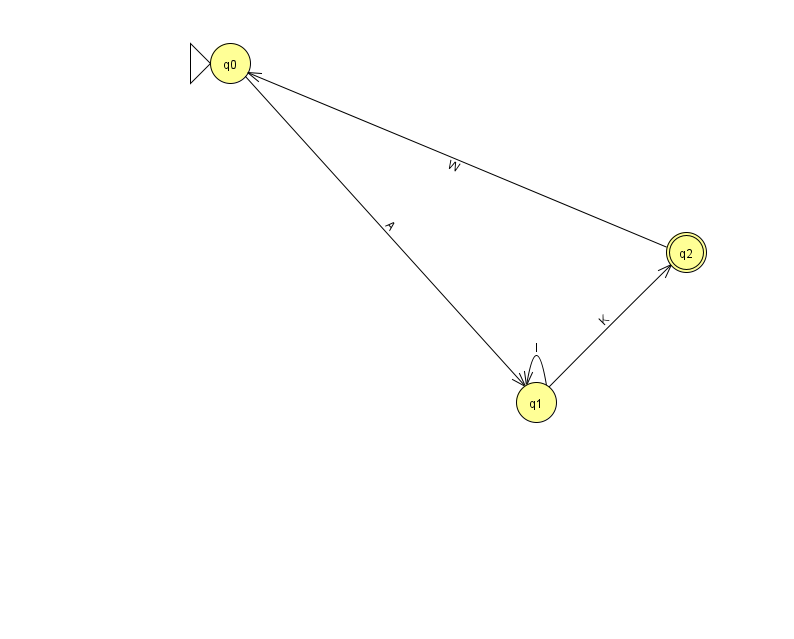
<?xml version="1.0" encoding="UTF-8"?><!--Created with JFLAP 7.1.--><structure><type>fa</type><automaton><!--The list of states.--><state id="0" name="q0"><x>230.0</x><y>50.0</y><initial/></state><state id="1" name="q1"><x>536.0</x><y>389.0</y></state><state id="2" name="q2"><x>686.0</x><y>239.0</y><final/></state><!--The list of transitions.--><transition><from>1</from><to>1</to><read>l</read></transition><transition><from>1</from><to>2</to><read>K</read></transition><transition><from>0</from><to>1</to><read>A</read></transition><transition><from>2</from><to>0</to><read>W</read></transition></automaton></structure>